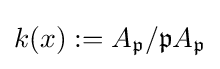
k(x):=A_{\mathfrak {p}}/{\mathfrak {p}}A_{\mathfrak {p}}